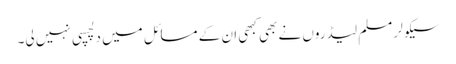
سیکولر مسلم لیڈروں نے بھی کبھی ان کے مسائل میں دلچسپی نہیں لی۔